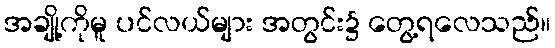
အချို့ကိုမူ ပင်လယ်များ အတွင်း၌ တွေ့ရလေသည်။